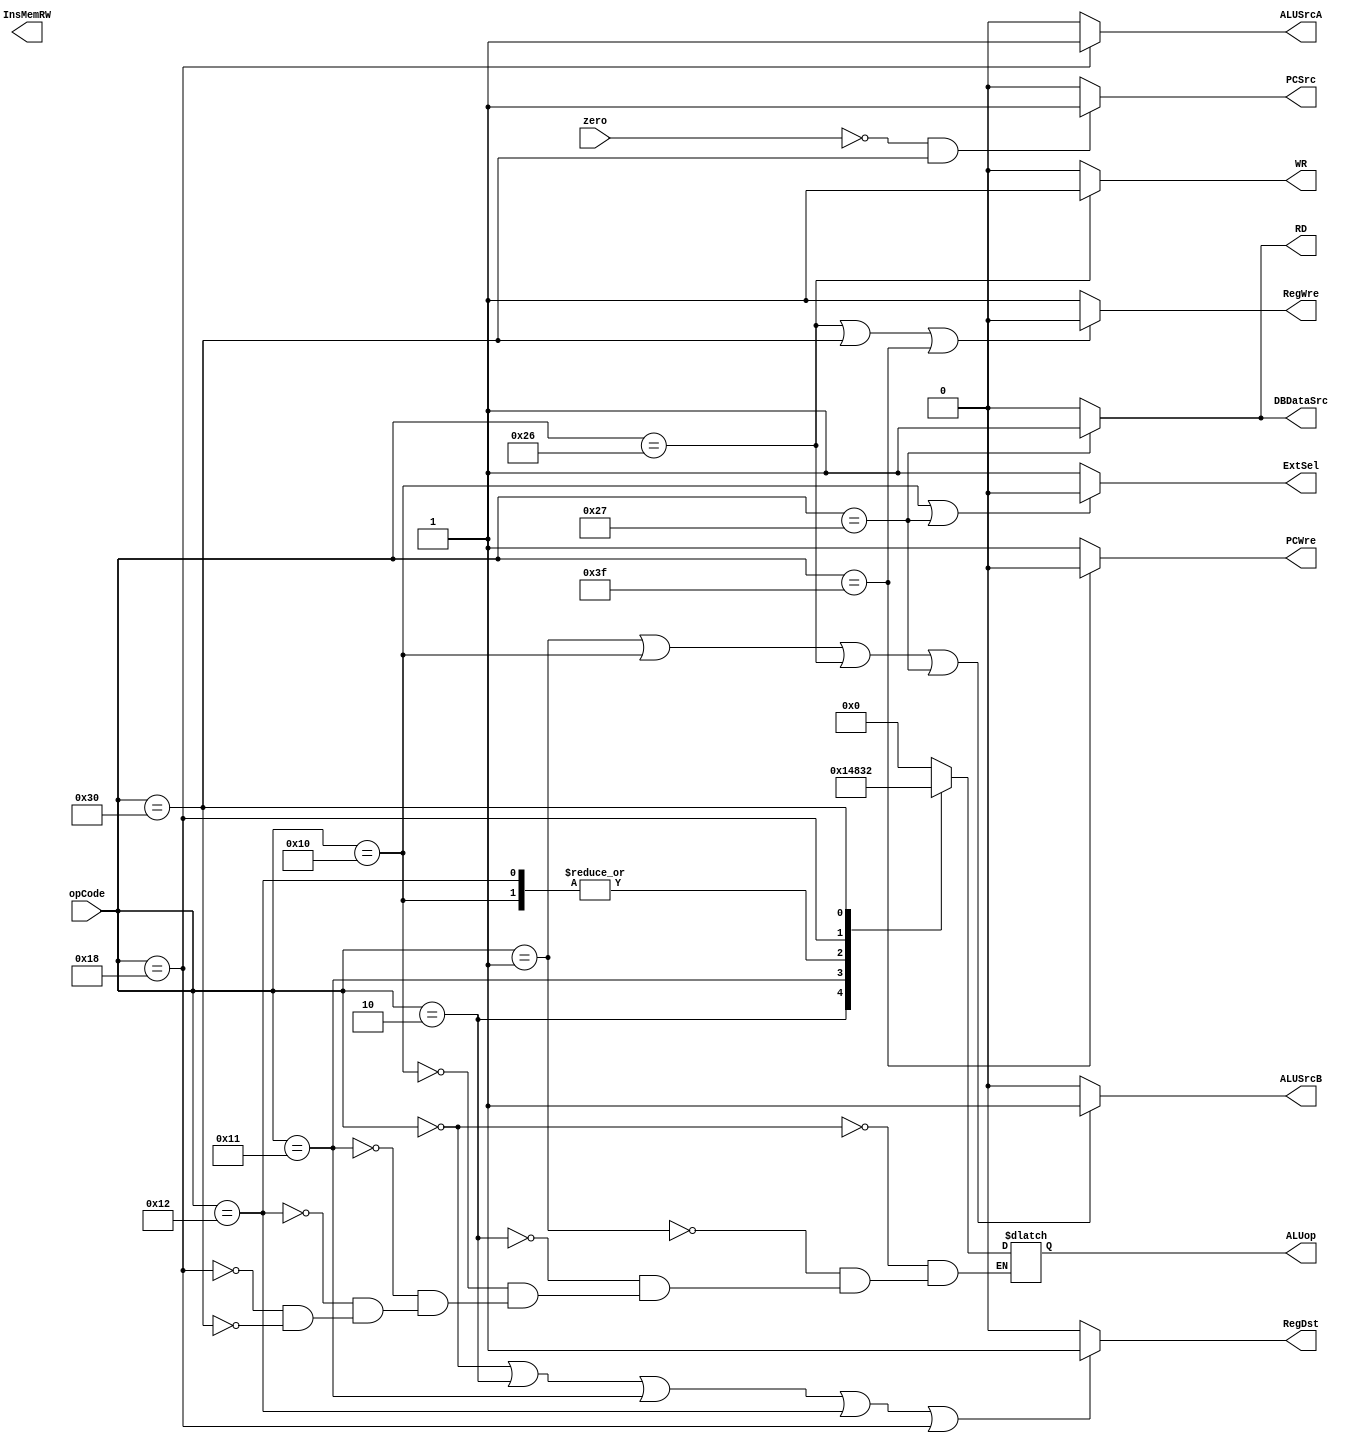
`timescale 1ns / 1ps
//////////////////////////////////////////////////////////////////////////////////
// Company: 
// Engineer: 
// 
// Design Name: 
// Module Name: CU
// Project Name: 
// Target Devices: 
// Tool Versions: 
// Description: 
// 
// Dependencies: 
// 
// Revision:
// Revision 0.01 - File Created
// Additional Comments:
// 
//////////////////////////////////////////////////////////////////////////////////


module CU(
    // input
    input [5:0] opCode,
    input zero,
    // output
    output RegDst,
    output InsMemRW,
    output PCWre,
    output ExtSel,
    output DBDataSrc,
    output WR,
    output RD,
    output ALUSrcB,
    output ALUSrcA,
    output PCSrc,
    output reg[3:0] ALUop,
    output RegWre
    );

     // assign Reset=(opCode == 6'b110000)? 0 : 1;
    assign RegDst=(opCode == 6'b000000 || opCode == 6'b000010 || opCode == 6'b010001 || opCode == 6'b010010 || opCode == 6'b011000)? 1 : 0;
    assign PCWre=(opCode == 6'b111111)? 0 : 1;
    assign ALUSrcB=(opCode == 6'b000001 || opCode==6'b010000 || opCode == 6'b100110 || opCode == 6'b100111 ) ? 1 : 0;
    assign DBDataSrc=(opCode == 6'b100111)? 1 : 0;
    assign InsMemRw = 1;
    assign RD=(opCode == 6'b100111)? 1 : 0;
    assign WR=(opCode == 6'b100110)? 1 : 0;
    assign ExtSel=(opCode == 6'b010000 || opCode == 6'b010000 || opCode == 6'b100111)? 0 : 1;
    assign PCSrc=(zero == 0 && opCode == 6'b110000)? 1:0;
    assign ALUSrcA =(opCode == 6'b011000)?1: 0;
    assign RegWre=(opCode==6'b100110 || opCode==6'b110000 || opCode==6'b111111 )? 0 : 1; 

    always @(opCode) begin
        case(opCode) 
            // add
            6'b000000 : ALUop = 4'b0000;
            // addi  
            6'b000001 : ALUop = 4'b0000;
            // sub
            6'b000010 :ALUop = 4'b0001;
            // ori
            6'b010000 :ALUop = 4'b1000;
            // and
            6'b010001 :ALUop = 4'b0100;
            // or
            6'b010010 :ALUop = 4'b1000;
            // sll
            6'b011000 :ALUop = 4'b0011;
            // sw
            6'b100110 : begin end
            // lw
            6'b100111 : begin end
            // beq
            6'b110000 : ALUop = 4'b0010;
            // halt
            6'b111111 : begin end
          default: begin
            $display (" no match");
           end
       endcase
    end
endmodule